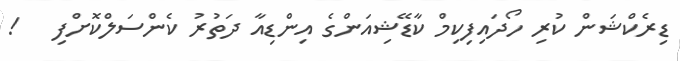
ޑިރެކްޝަން ކުރި ހޯދައިފިކިމް ކާޑޭޝިއަންގެ އިންޑިއާ ދަތުރު ކެންސަލްކޮށްފި   !